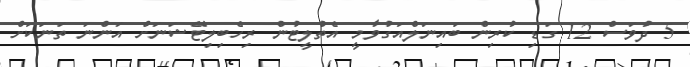
5 ދުވަސް 12 ގަޑި ކުރިން ބައިނަލްއަގުވާމީ އެތުލީޓުން ރިހެބިލިޓޭޝަނަށް އަންނަ ތަނަކަށް